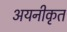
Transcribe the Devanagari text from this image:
अयनीकृत